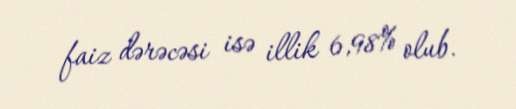
faiz dərəcəsi isə illik 6,98% olub.